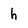
Character: h